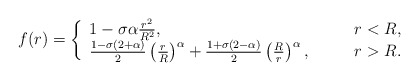
\begin{align*}f(r) = \left\{ \begin{array}{ll}1 - \sigma\alpha\frac{r^2}{R^2}, & \qquad r<R, \\\frac{1-\sigma(2+\alpha)}{2}\left(\frac{r}{R}\right)^\alpha +\frac{1+\sigma(2-\alpha)}{2}\left(\frac{R}{r}\right)^\alpha,& \qquad r>R.\end{array} \right.\end{align*}